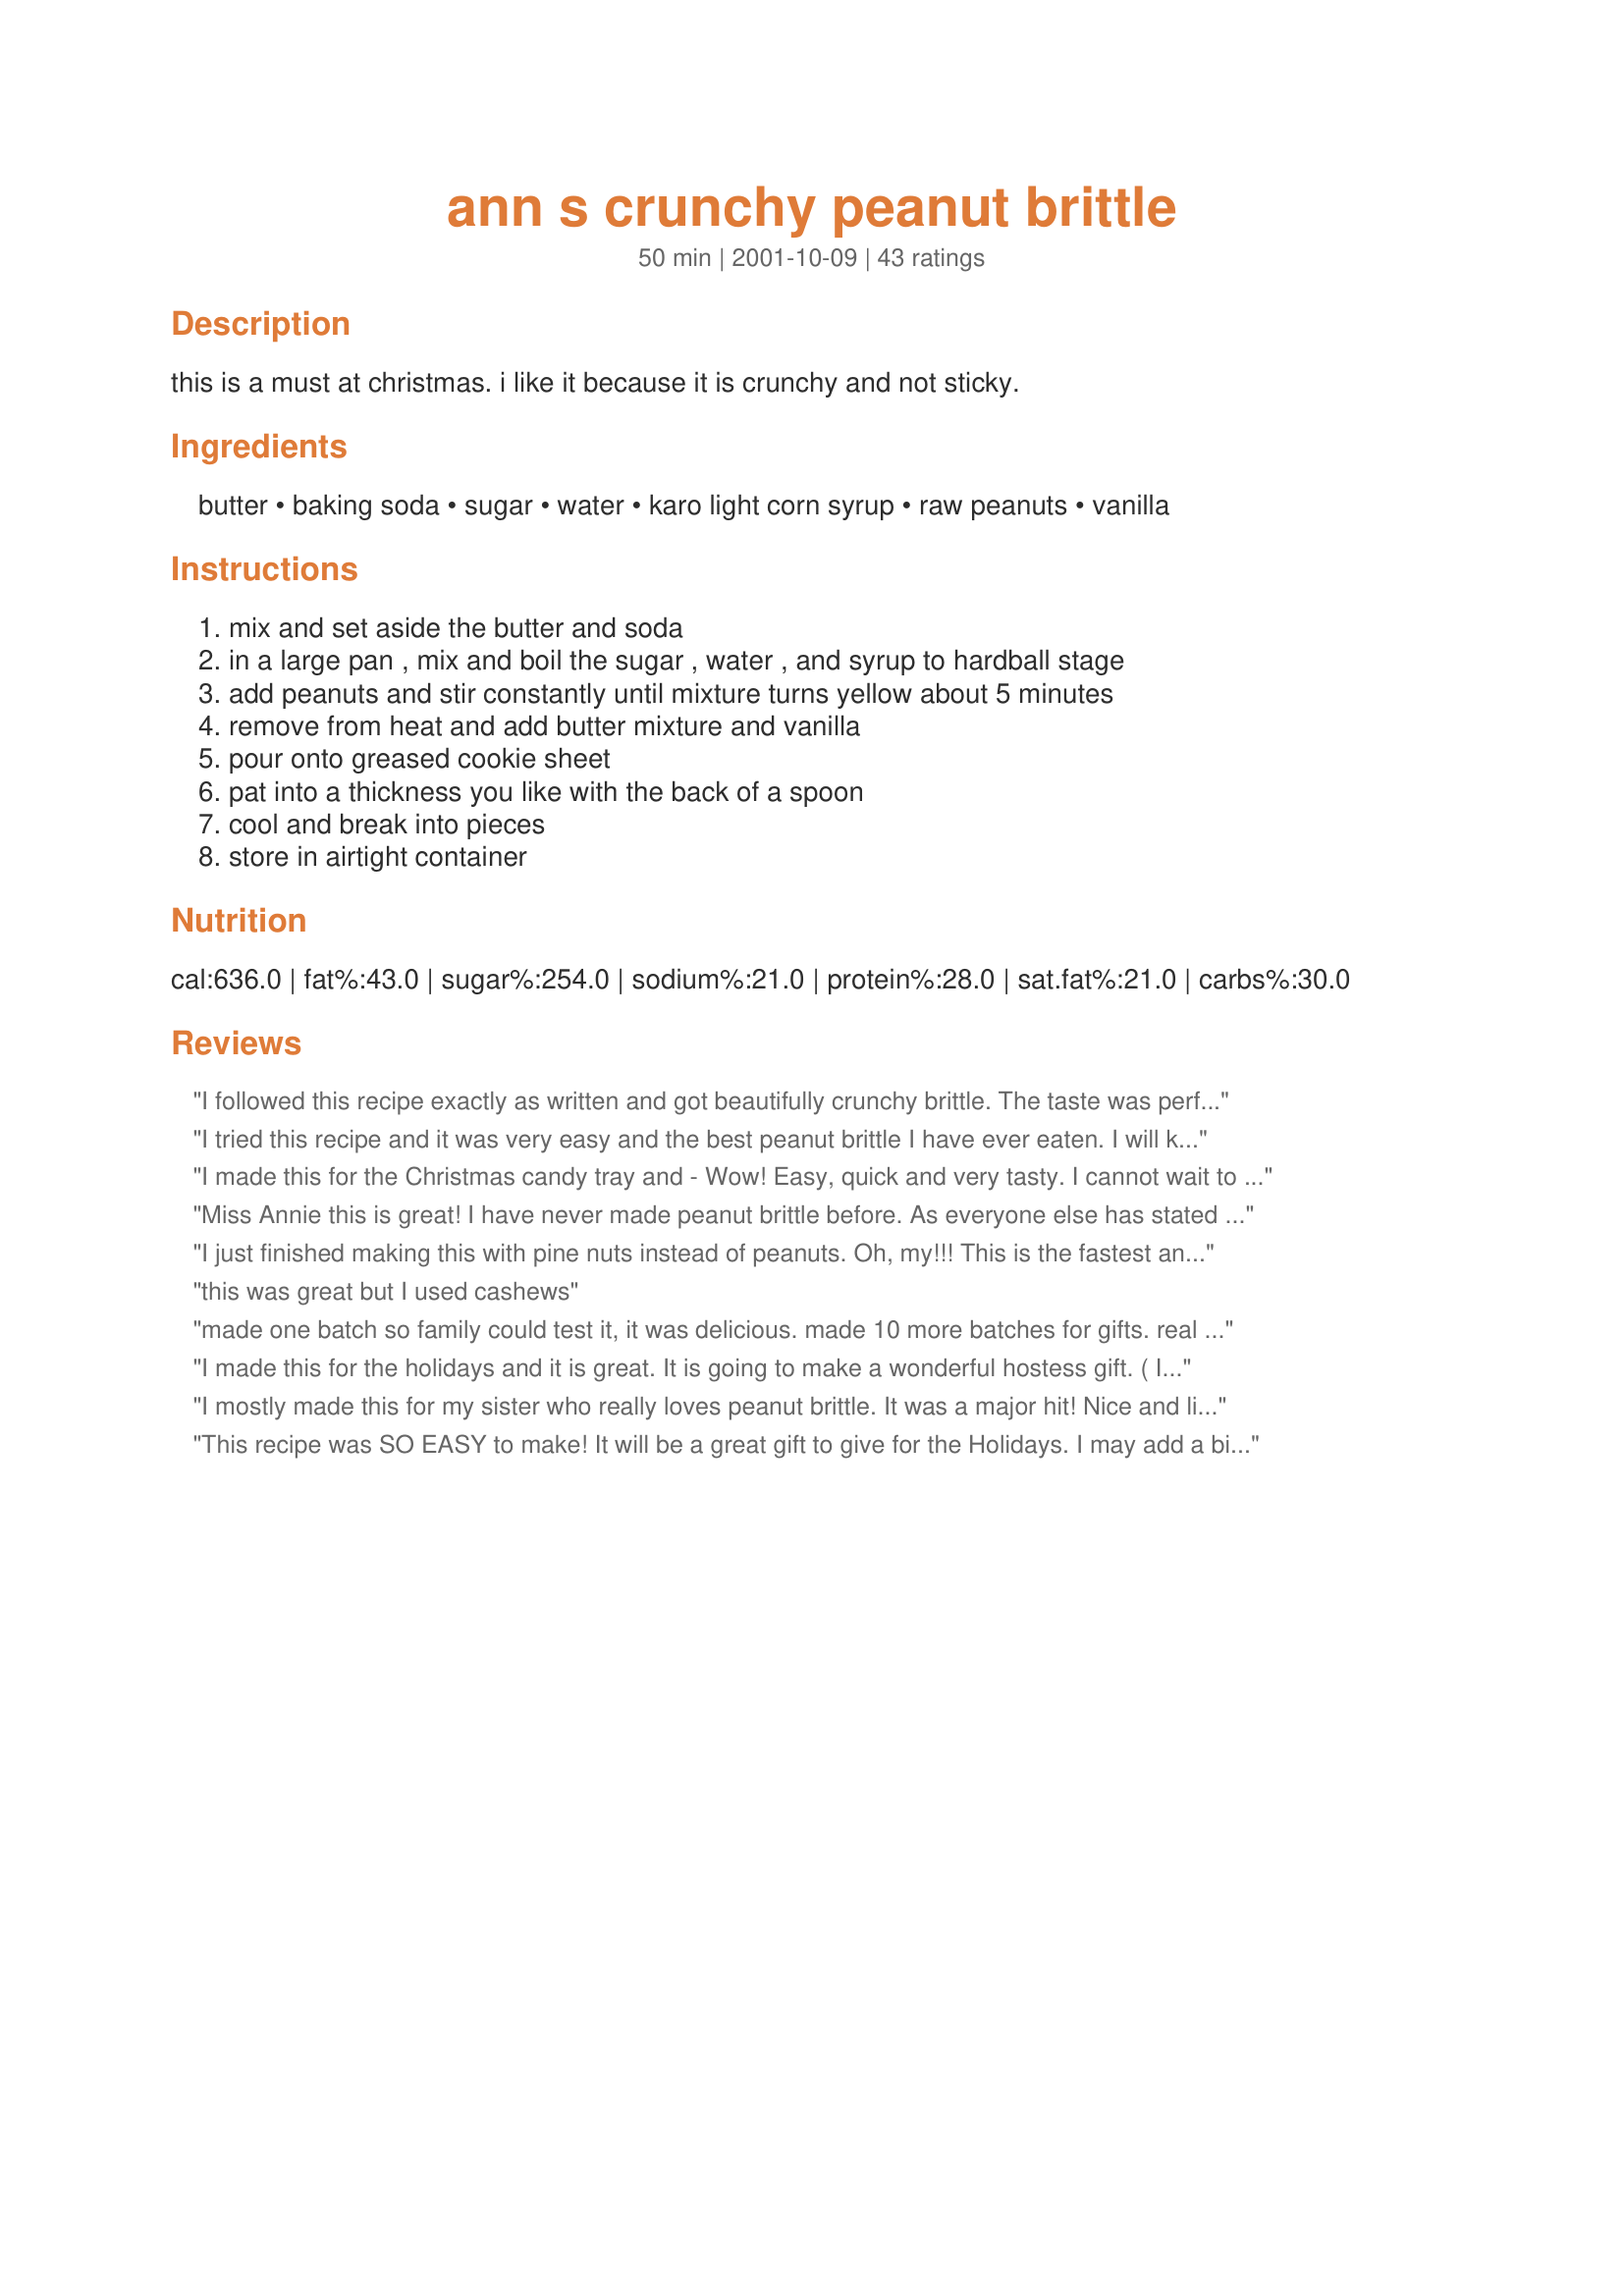
ann s crunchy peanut brittle
Preparation time: 50 minutes

this is a must at christmas. i like it because it is crunchy and not sticky.

Ingredients:
butter, baking soda, sugar, water, karo light corn syrup, raw peanuts, vanilla

Steps:
mix and set aside the butter and soda, in a large pan , mix and boil the sugar , water , and syrup to hardball stage, add peanuts and stir constantly until mixture turns yellow about 5 minutes, remove from heat and add butter mixture and vanilla, pour onto greased cookie sheet, pat into a thickness you like with the back of a spoon, cool and break into pieces, store in airtight container

Reviews:
I followed this recipe exactly as written and got beautifully crunchy brittle. The taste was perfect! My husband and FIL said it was the best peanut brittle they'd ever had. This is a keeper and I will be making it for gifts next Christmas. I know it will get rave reviews from my friends!
I tried this recipe and it was very easy and the best peanut brittle I have ever eaten. I will keep upsing this recipe for years to come. 
Chef # 693438
I made this for the Christmas candy tray and - Wow! Easy, quick and very tasty. I cannot wait to try it with almonds or cashews!
Miss Annie this is great! I have never made peanut brittle before. As everyone else has stated the brittle is crunchy but not sticky. The directions were wonderful and so easy to follow. Now the only problem I have is not eating it all myself.
I just finished making this with pine nuts instead of peanuts. Oh, my!!! This is the fastest and easiest brittle ever. Definitely a keeper - for any occasion. Thanks, Annie.
this was great but I used cashews
made one batch so family could test it, it was delicious. made 10 more batches for gifts. real enexpensive to give. could not fine raw peanuts at the food stores, went to asian food store and they had them real cheap.
I made this for the holidays and it is great. It is going to make a wonderful hostess gift. ( I always give the hosts a little gift, not only at Christmas). It is crunchy, but doesn't break your teeth. just plain excellent. I will be making this often. Thank you !!!
I mostly made this for my sister who really loves peanut brittle. It was a major hit! Nice and light, very crunchy! A simple recipe that has a great ending!! Oh, I kept some for me too!! Thanks Miss Annie..another winner!!
This recipe was SO EASY to make! It will be a great gift to give for the Holidays. I may add a bit more sugar since I like things a little sweet. Great Recipe!
Yep this was good and not sticky! I took some to my neighbor so that I would not eat it all and he scolded me for bring over the best brittle he ever tasted.
This is fantastic. I tried one of microwave versions since I lost my grandmothers. There is no comparison! I was so disappointed that I made this and oh boy what a difference. This is what great peanut brittle should taste like. Thanks for sharing your version! This was worth the extra time (few extra minutes).
Thank you for this recipe - it was my second attempt at peanut brittle and extremely successful! I did have to cook it for about 10 minutes to reach a "yellow" color but I think that is due to my old and inconsistent stove. I used about 1 2/3 cups of lightly salted dry-roasted peanuts - next time I will use just a little more and a bit more baking soda as well, although this batch is pretty near perfect!
Absolutely the best Peanut Brittle recipe I've ever tried. Easy and very delicious.
This was absolutely crunchy, non-sticky and delicious. It was very easy to make, especially if you have a candy therometer. Gave some to my friends who asked me to make more, they enjoyed it. Thanks for sharing your recipe!!!
very nice and easy to make.

Trudy :-)
WOW!! This was the best I've ever had. It was light, crunchy, and didn't stick to the teeth. This was my first experience making anything with a candy thermometer. It took a while, but it definitely is worth it. Thank you for such a yummy keeper, Miss Annie!
This is the Best Peanut Brittle, even better than See&#039;s Candies in my opinion. I have made it for Christmas the last 5 Years and everyone loves it
Best peanut brittle ever!
Well, I HAVE made peanut brittle before - 3 other recipes, all either chewy or burnt. This recipe was SO EASY and came out absolutely perfect! I was supposed to give this as Christmas gifts but I'm gobbling it up too fast! Thanks for the recipe and easy instructions.
This is wonderful....better than store bought! I made a batch of this today intending to serve it for Christmas but I think that it will be all gone before then. I'm making another batch tomorrow ! Love it ! Thanks for a great one !
i hate peanut brittle. like seriously hate it, but i have a lot of friends and family who like it and this year i thought what the hell i'll make some to give out at Christmas. it was my first time ever making candy like this so it was definitely a learning experience but it turned out great and got rave reviews from every one i gave it to so i'd say all around a win win recipe
Very good and easy to make!
This was great!! Very crunchie and not too chewy!! The spreading in the pan was a little tricky but very good!! Thanks for a great recipe!
I made this last xmas and everyone loved it! I had requests for it this year and could not find it because I forgot to review it last year. I am about to make 6 batches today.
Damn good. I added a pinch of salt since I like sweet/salt, and the nuts I used weren't roasted/salted. I agree with another poster that if using roasted nuts that you should add them at the soft boil stage (236F). Thank you for sharing, Ann!
A great recipe, but I found the raw peanuts underdone on the first batch. I put the nuts in at the soft boil stage and found them more to my taste. Also, rookies like me do not use wax paper or you will be sorry!
It is an excellent peanut brittle. I have made it twice (the most recent batch is cooling right now). The time is way off in the recipe, however. It says to add peanuts and stir constantly until the mixture turns yellow, about 5 minutes. The first time I made it, that step took 15 minutes. Tonight it was just over 13 minutes. That's quite a difference.
I make this every year at this time. One suggestion, break up the peanuts and use slightly less. It makes the stirring easier and gives a better result, I think. I also sometimes add a dash of cinnamon.
I followed the directions pretty closely...I added the peanuts at about 225* and cooked it until the hard crack stage (300*F)...it took about 20 minutes. Also, I prewarmed the cookie sheet to make it easier to spread (put it in the oven at 170* for about 5-10 minutes). It came out perfect! Nice and crunchy! I will definately keep this recipe for years to come!
Perfect!
I hate giving bad reviews, but I assumed, 5 stars would guarantee an awesome recipe, but 'twas not the case. I followed the recipe to the tee and it turned out to be a whole lot of work for a sticky pile of flexible sugar and raw nuts. I made a batch of this for xmas, and it all went to waste. The stickiness was so unappetizing, and there was no crunch whatsoever. :(
I've tried many peanut brittle recipes and this is the exact texture I've been searching for. Thank you!
This was our first time ever making peanut brittle and it turned out so beautifully! Thanks Miss Annie! This is very peanuty. Beautiful color too.
This is the best brittle ever. I use all kinds of nuts in the recipe, not just peanuts. Pecans seem to be the biggest hit.
I'm giving this five stars for ease of making and flavor. I read all of the reviews, and everyone said that it wasn't sticky. I must have made a mistake, because mine stuck to my teeth. Any ideas as to why? Wonderful recipe, and we're still eating it, even if it is sticky!
Worked perfectly! Delicious!
I've made this twice now- the first time it was rather pliable because I didn't have a candy thermometer. It was gone in a couple of days. This time, I did have a thermometer, and it worked out better. It's still setting, but the little piece of candy that I put in the freezer to make sure it was good is really good. I used salted peanuts, because I love the combination of salty and sweet. The one thing that I learned making this recipe is that nothing hurts like a sugar burn! Some accidentally splashed up on the spatula, and I felt it right away.
Awesome, easy to make... I gave it as Christmas gifts..
Tried another recipe and it turned out a tad sticky. Yours was perfection. Way to go! I used sunflower seeds instead of nuts and it was amazing!
Fabulous! Crunchy, nutty, goodness. Beautiful color. Easy to make. This will be my 'go to' peanut brittle recipe forever!
This was a very easy to make and the peanut brittle is wonderful! I cannot eat the sticky stuff but this is so crunchy and does not stick to your teeth. This would be a great recipe for gifts and one that I plan on making often. Thanks for posting!
It must be me; I found this very tasty but difficult to put together correctly. First batch wasn't cooked long enough (5 min), trashed it. 2nd batch cooked about 30 seconds too long and was REALLY AMBER and smelled burnt, trashed it. 3rd batch, I got it to the right color and by the time I added the rest of the ingredients - it was cooling quickly and was a ball and too difficult to spead out. I chipped out a piece and the taste is fine but it simply doesn't look like ANY peanut brittle I've ever seen. I'll keep trying....
